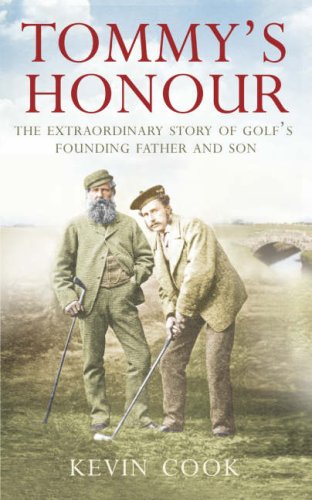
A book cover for Tommy's Honour: The Extraordinary Story of Golf's Founding Father and Son; Kevin Cook; Biographies & Memoirs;